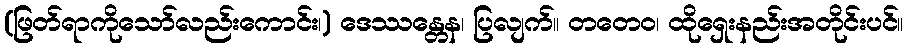
(ဖြတ်ရာကိုသော်လည်းကောင်း၊) ဒေဿန္တေန၊ ပြလျက်။ တတေဝ၊ ထိုရှေးနည်းအတိုင်းပင်။